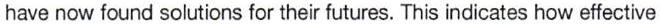
have now found solutions for their futures. This indicates how effective